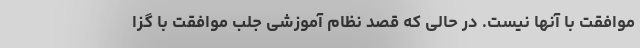
موافقت با آنها نیست. در حالی که قصد نظام آموزشی جلب موافقت با گزا